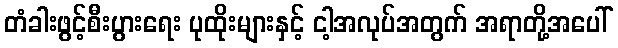
တံခါးဖွင့်စီးပွားရေး ပုထိုးများနှင့် ငါ့အလုပ်အတွက် အရာတို့အပေါ်